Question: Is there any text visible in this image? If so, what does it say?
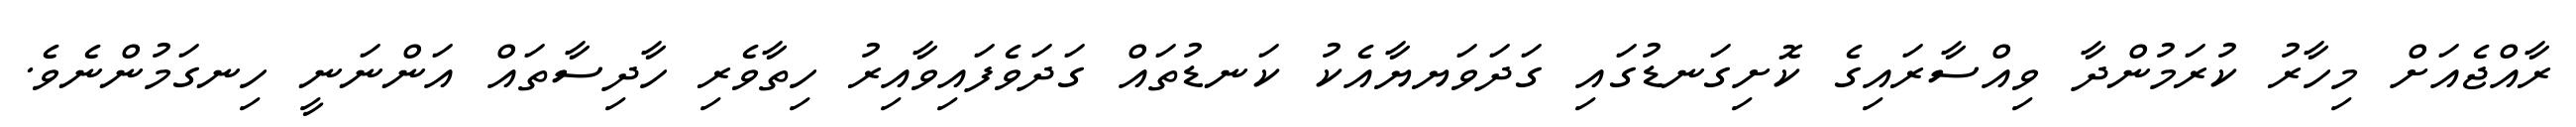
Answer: ރާއްޖެއަށް މިހާރު ކުރަމުންދާ ވިއްސާރައިގެ ކޮށިގަނޑުގައި ގަދަވަޔޔާއެކު ކަނޑުތައް ގަދަވެފައިވާއިރު ހިތާވެރި ހާދިސާތައް އަންނަނީ ހިނގަމުންނެވެ.